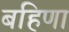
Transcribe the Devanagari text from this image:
बहिणा